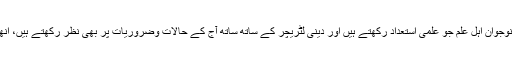
صرف اتنی درخواست کی ہے کہ اگر وہ نوجوان اہل علم جو علمی استعداد رکھتے ہیں اور دینی لٹریچر کے ساتھ ساتھ آج کے حالات وضروریات پر بھی نظر رکھتے ہیں، انھیں رائے کے حق سے محروم نہ کیجیے۔